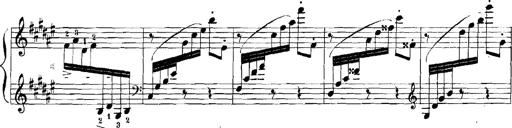
Title: Rhapsodies hongroises
Composer: Franz Liszt